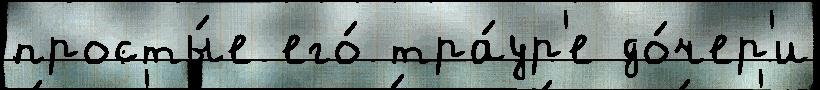
просты́е его́ тра́ур'е до́чер'и